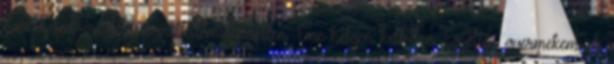
Keresheted: meglelned mellettem lehetetlen. Eme helyen kelletlen. Egyetlen gyermekemnek